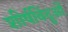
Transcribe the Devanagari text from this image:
शीर्षबिंदुओं